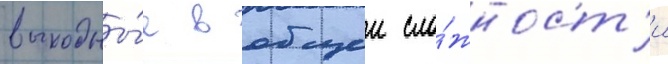
выходны́е в общеи сло́жност'и